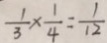
\frac { 1 } { 3 } \times \frac { 1 } { 4 } = \frac { 1 } { 1 2 }